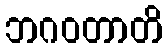
ဘဂဝတာတိ